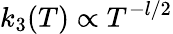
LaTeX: k_{3}(T)\propto T^{-l/2}